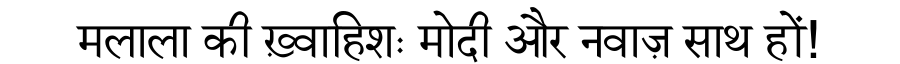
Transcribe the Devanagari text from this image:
मलाला की ख़्वाहिशः मोदी और नवाज़ साथ हों!